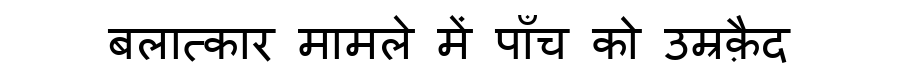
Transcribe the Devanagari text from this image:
बलात्कार मामले में पाँच को उम्रक़ैद